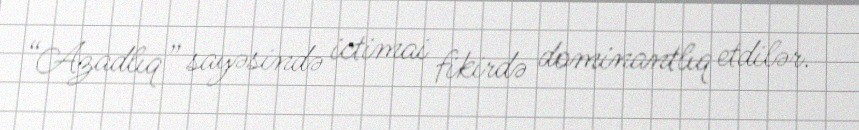
“Azadlıq” sayəsində ictimai fikirdə dominantlıq etdilər.